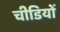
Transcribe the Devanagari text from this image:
चीडियों